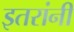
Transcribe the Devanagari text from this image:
इतरांनीं